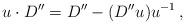
LaTeX: \begin{align*}u\cdot D'' = D'' - (D''u)u^{-1}\, ,\end{align*}